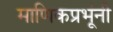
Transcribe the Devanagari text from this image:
माणिकप्रभूंनी